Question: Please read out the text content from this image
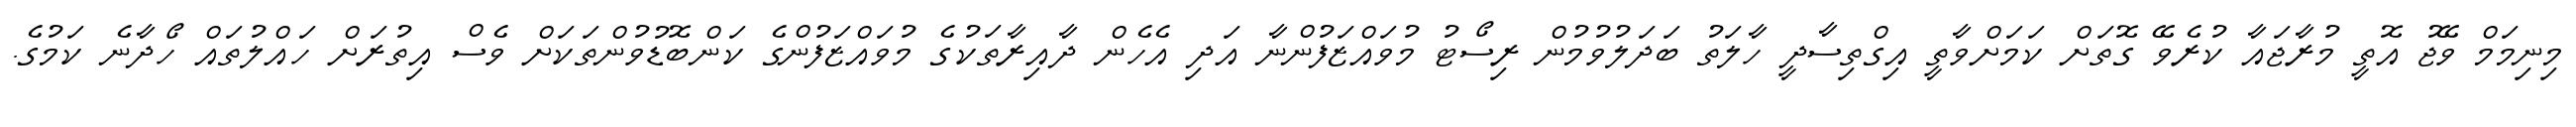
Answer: މިނިމަމް ވޭޖު އޮތީ މުރާޖައާ ކުރެވޭ ގޮތަށް ކަމަށްވާތީ އިގްތިސާދީ ހާލަތު ބަދަލުވުމުން ރިސޯޓު މުވައްޒަފުންނާ އަދި އެހެން ދާއިރާތަކުގެ މުވައްޒަފުންގެ ކަންބޮޑުވުންތަކަށް ވެސް އިތުރަށް ހައްލުތައް ހޯދާނެ ކަމުގެ.